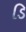
ડિ